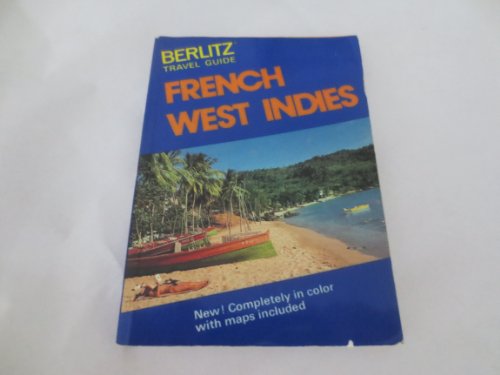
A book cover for Berlitz Travel Guide to the French West Indies (Berlitz travel guide); Travel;